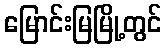
မြောင်းမြမြို့တွင်